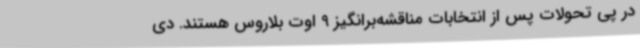
در پی تحولات پس از انتخابات مناقشه‌برانگیز 9 اوت بلاروس هستند. دی